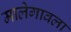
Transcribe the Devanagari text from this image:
मालेगावला